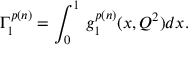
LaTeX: \Gamma _ { 1 } ^ { p ( n ) } = \int _ { 0 } ^ { 1 } \, g _ { 1 } ^ { p ( n ) } ( x , Q ^ { 2 } ) d x .